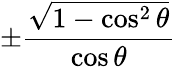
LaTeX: \pm{\frac{\sqrt{1-\cos^{2}\theta}}{\cos\theta}}